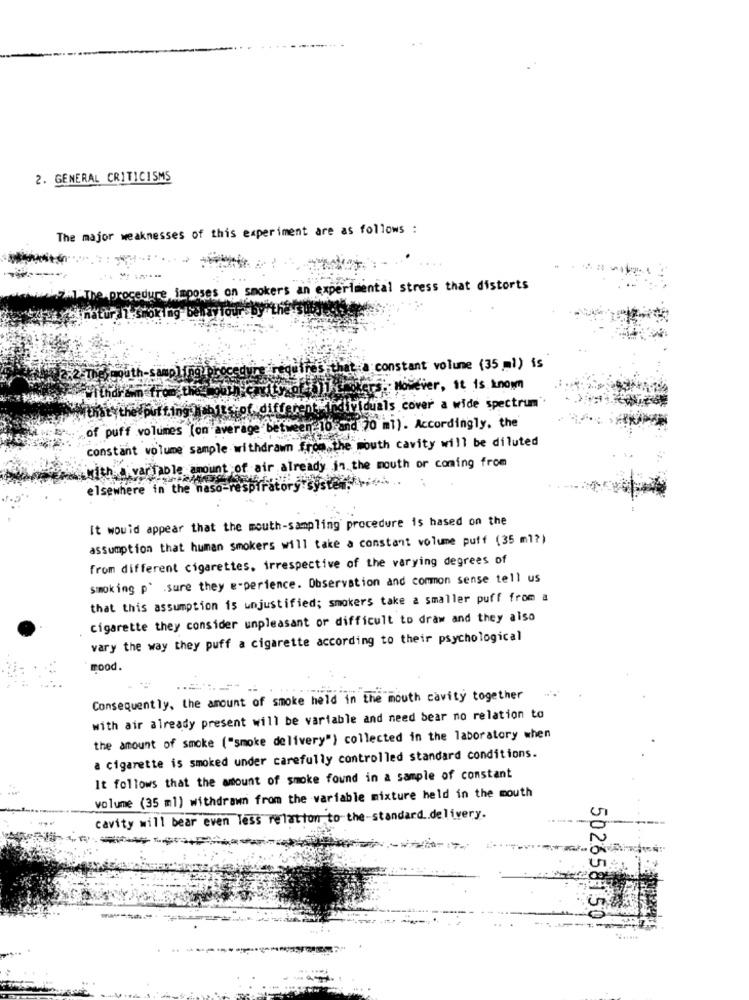
2. GENERAL CRITICISMS
The major weaknesses of this experiment are as follows :
Ire imposes on smokers an experimental stress that distorts
tie constant volume (35 ml) is
REUS; However, It is known
MunaŁych
hitsof different individuals cover a wide spectrum
of puff volumes (on average between 10 and 70 ml). Accordingly, the
constant volume sample withdrawn from the mouth cavity will be diluted
with variable amount of air already in the mouth or coming from
elsewhere in the naso
tors
It would appear that the mouth-sampling procedure is based on the
assumption that human smokers will take a constant volume puff (35 ml?)
from different cigarettes, irrespective of the varying degrees of
smoking p' .sure they e-perience. Observation and common sense tell us
that this assumption is unjustified; smokers take a smaller puff from a
cigarette they consider unpleasant or difficult to draw and they also
vary the way they puff a cigarette according to their psychological
mood.
Consequently, the amount of smoke held in the mouth cavity together
with air already present will be variable and need bear no relation to
the amount of smoke ("smoke delivery") collected in the laboratory when
a cigarette is smoked under carefully controlled standard conditions.
It follows that the amount of smoke found in a sample of constant
volume (35 ml) withdrawn from the variable mixture held in the mouth
cavity will bear even less relation to the-standard delivery.
502658150!